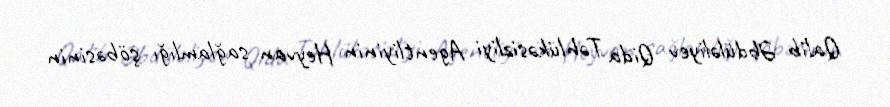
Qalib Əbdüləliyev Qida Təhlükəsizliyi Agentliyinin Heyvan sağlamlığı şöbəsinin